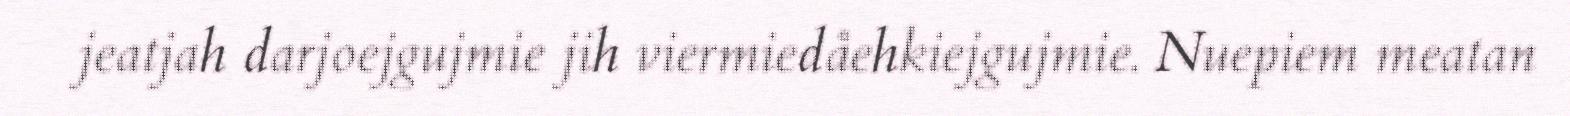
jeatjah darjoejgujmie jih viermiedåehkiejgujmie. Nuepiem meatan